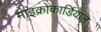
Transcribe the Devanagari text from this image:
माइक्रोकार्डियाल